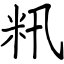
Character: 籸